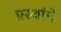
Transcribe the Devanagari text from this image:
प्रस्थांचे